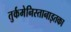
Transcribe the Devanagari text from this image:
तुर्कमेनिस्तानाइतका